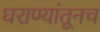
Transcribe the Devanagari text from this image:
घराण्यांतूनच